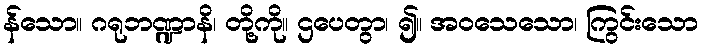
န်သော။ ဂရုဘဏ္ဍာနိ၊ တို့ကို။ ဌပေတွာ၊ ၍။ အဝသေသော၊ ကြွင်းသော